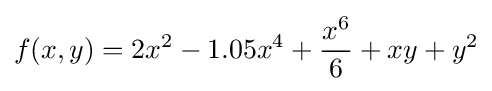
f(x,y)=2x^{2}-1.05x^{4}+{\frac {x^{6}}{6}}+xy+y^{2}